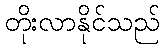
တိုးလာနိုင်သည်